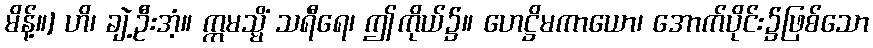
မိန့်။] ဟိ၊ ချဲ့ဦးအံ့။ ဣမသ္မိံ သရီရေ၊ ဤကိုယ်၌။ ဟေဋ္ဌိမကာယော၊ အောက်ပိုင်း၌ဖြစ်သော